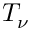
T _ { \nu }